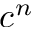
c ^ { n }